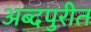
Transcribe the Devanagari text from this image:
अब्दपुरीत